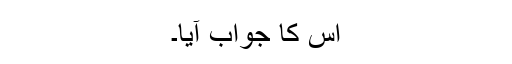
اس کا جواب آیا۔